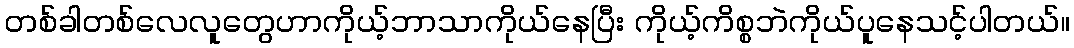
တစ်ခါတစ်လေလူတွေဟာကိုယ့်ဘာသာကိုယ်နေပြီး ကိုယ့်ကိစ္စဘဲကိုယ်ပူနေသင့်ပါတယ်။